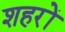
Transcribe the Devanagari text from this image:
शहरों